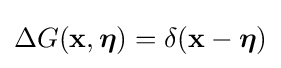
\Delta G(\mathbf {x} ,{\boldsymbol {\eta }})=\delta (\mathbf {x} -{\boldsymbol {\eta }})